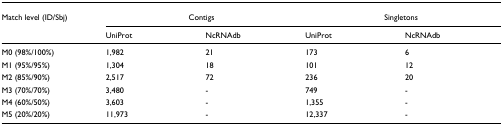
<table><thead><tr><td><b>Match level (ID/Sbj)</b></td><td colspan="2"><b>Contigs</b></td><td colspan="2"><b>Singletons</b></td></tr><tr><td></td><td><b>UniProt</b></td><td><b>NcRNAdb</b></td><td><b>UniProt</b></td><td><b>NcRNAdb</b></td></tr></thead><tbody><tr><td>M0 (98%/100%)</td><td>1,982</td><td>21</td><td>173</td><td>6</td></tr><tr><td>M1 (95%/95%)</td><td>1,304</td><td>18</td><td>101</td><td>12</td></tr><tr><td>M2 (85%/90%)</td><td>2,517</td><td>72</td><td>236</td><td>20</td></tr><tr><td>M3 (70%/70%)</td><td>3,480</td><td>-</td><td>749</td><td>-</td></tr><tr><td>M4 (60%/50%)</td><td>3,603</td><td>-</td><td>1,355</td><td>-</td></tr><tr><td>M5 (20%/20%)</td><td>11,973</td><td>-</td><td>12,337</td><td>-</td></tr></tbody></table>